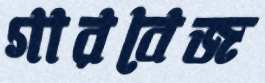
গারবেজ